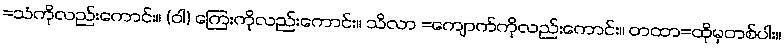
=သံကိုလည်းကောင်း။ (ဝါ) ကြေးကိုလည်းကောင်း။ သိလာ =ကျောက်ကိုလည်းကောင်း။ တထာ=ထိုမှတစ်ပါး။